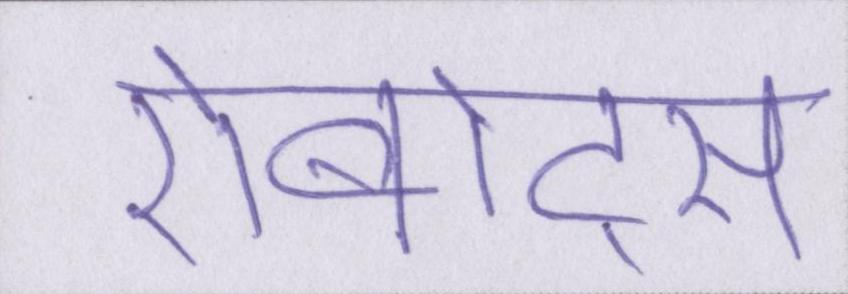
रोबोट्स